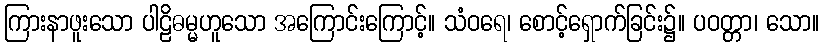
ကြားနာဖူးသော ပါဠိဓမ္မဟူသော အကြောင်းကြောင့်။ သံဝရေ၊ စောင့်ရှောက်ခြင်း၌။ ပဝတ္တာ၊ သော။